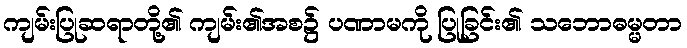
ကျမ်းပြုဆရာတို့၏ ကျမ်း၏အစ၌ ပဏာမကို ပြုခြင်း၏ သဘောဓမ္မတာ